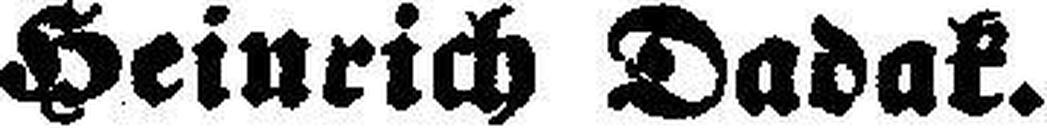
Heinrich Dadak.